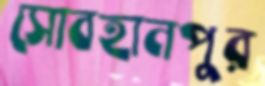
সোবহানপুর